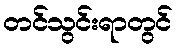
တင်သွင်းရာတွင်